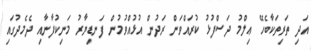
އަދި ތަރިތަކާބެހޭ ޢިލްމު ދަސްފުޅު ކުރައްވަން ރަދުން އުޅުއްވުމުން ފަނޑިޔާރު މަނިކުފާނާއި ދެމެދުގައި